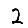
Digit: 2